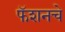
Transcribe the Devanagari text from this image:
फॅशनचे